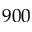
9 0 0